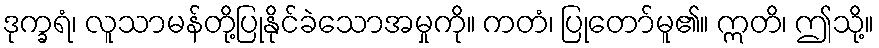
ဒုက္ခရံ၊ လူသာမန်တို့ပြုနိုင်ခဲသောအမှုကို။ ကတံ၊ ပြုတော်မူ၏။ ဣတိ၊ ဤသို့။